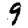
Digit: 9